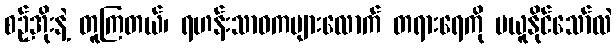
စဉ့်အိုးနဲ့ တူကြတယ်၊ ရဟန်းသာဝကများလောက် တရားရေကို မယူနိုင်သော်လဲ